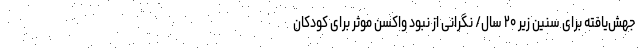
جهش‌یافته برای سنین زیر ۲۰ سال/ نگرانی از نبود واکسن موثر برای کودکان